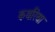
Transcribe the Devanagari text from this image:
कथरिया